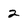
Character: 2